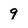
Character: 9